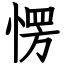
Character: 愣